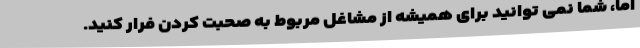
اما، شما نمی توانید برای همیشه از مشاغل مربوط به صحبت کردن فرار کنید.